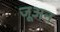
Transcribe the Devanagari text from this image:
जूअन